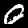
Label: 0